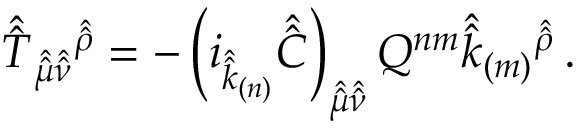
\hat { \hat { T } } _ { \hat { \hat { \mu } } \hat { \hat { \nu } } } { } ^ { \hat { \hat { \rho } } } = - \left( i _ { \hat { \hat { k } } _ { ( n ) } } \hat { \hat { C } } \right) _ { \hat { \hat { \mu } } \hat { \hat { \nu } } } Q ^ { n m } \hat { \hat { k } } _ { ( m ) } { } ^ { \hat { \hat { \rho } } } \, .